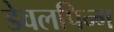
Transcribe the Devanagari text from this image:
डेवलपिन्ग